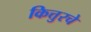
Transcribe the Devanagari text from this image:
कित्तुरचे